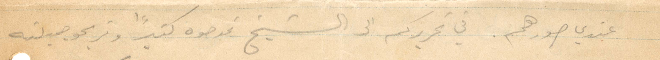
عندي صورهم. وفي تحريركم الى الشيخ تمدحوه كثيرًا وتربحو جميلته